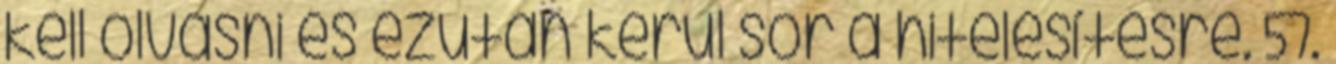
kell olvasni és ezután kerül sor a hitelesítésre. 57.